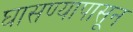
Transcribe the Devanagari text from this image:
घासण्यापासून